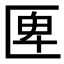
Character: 𠥉